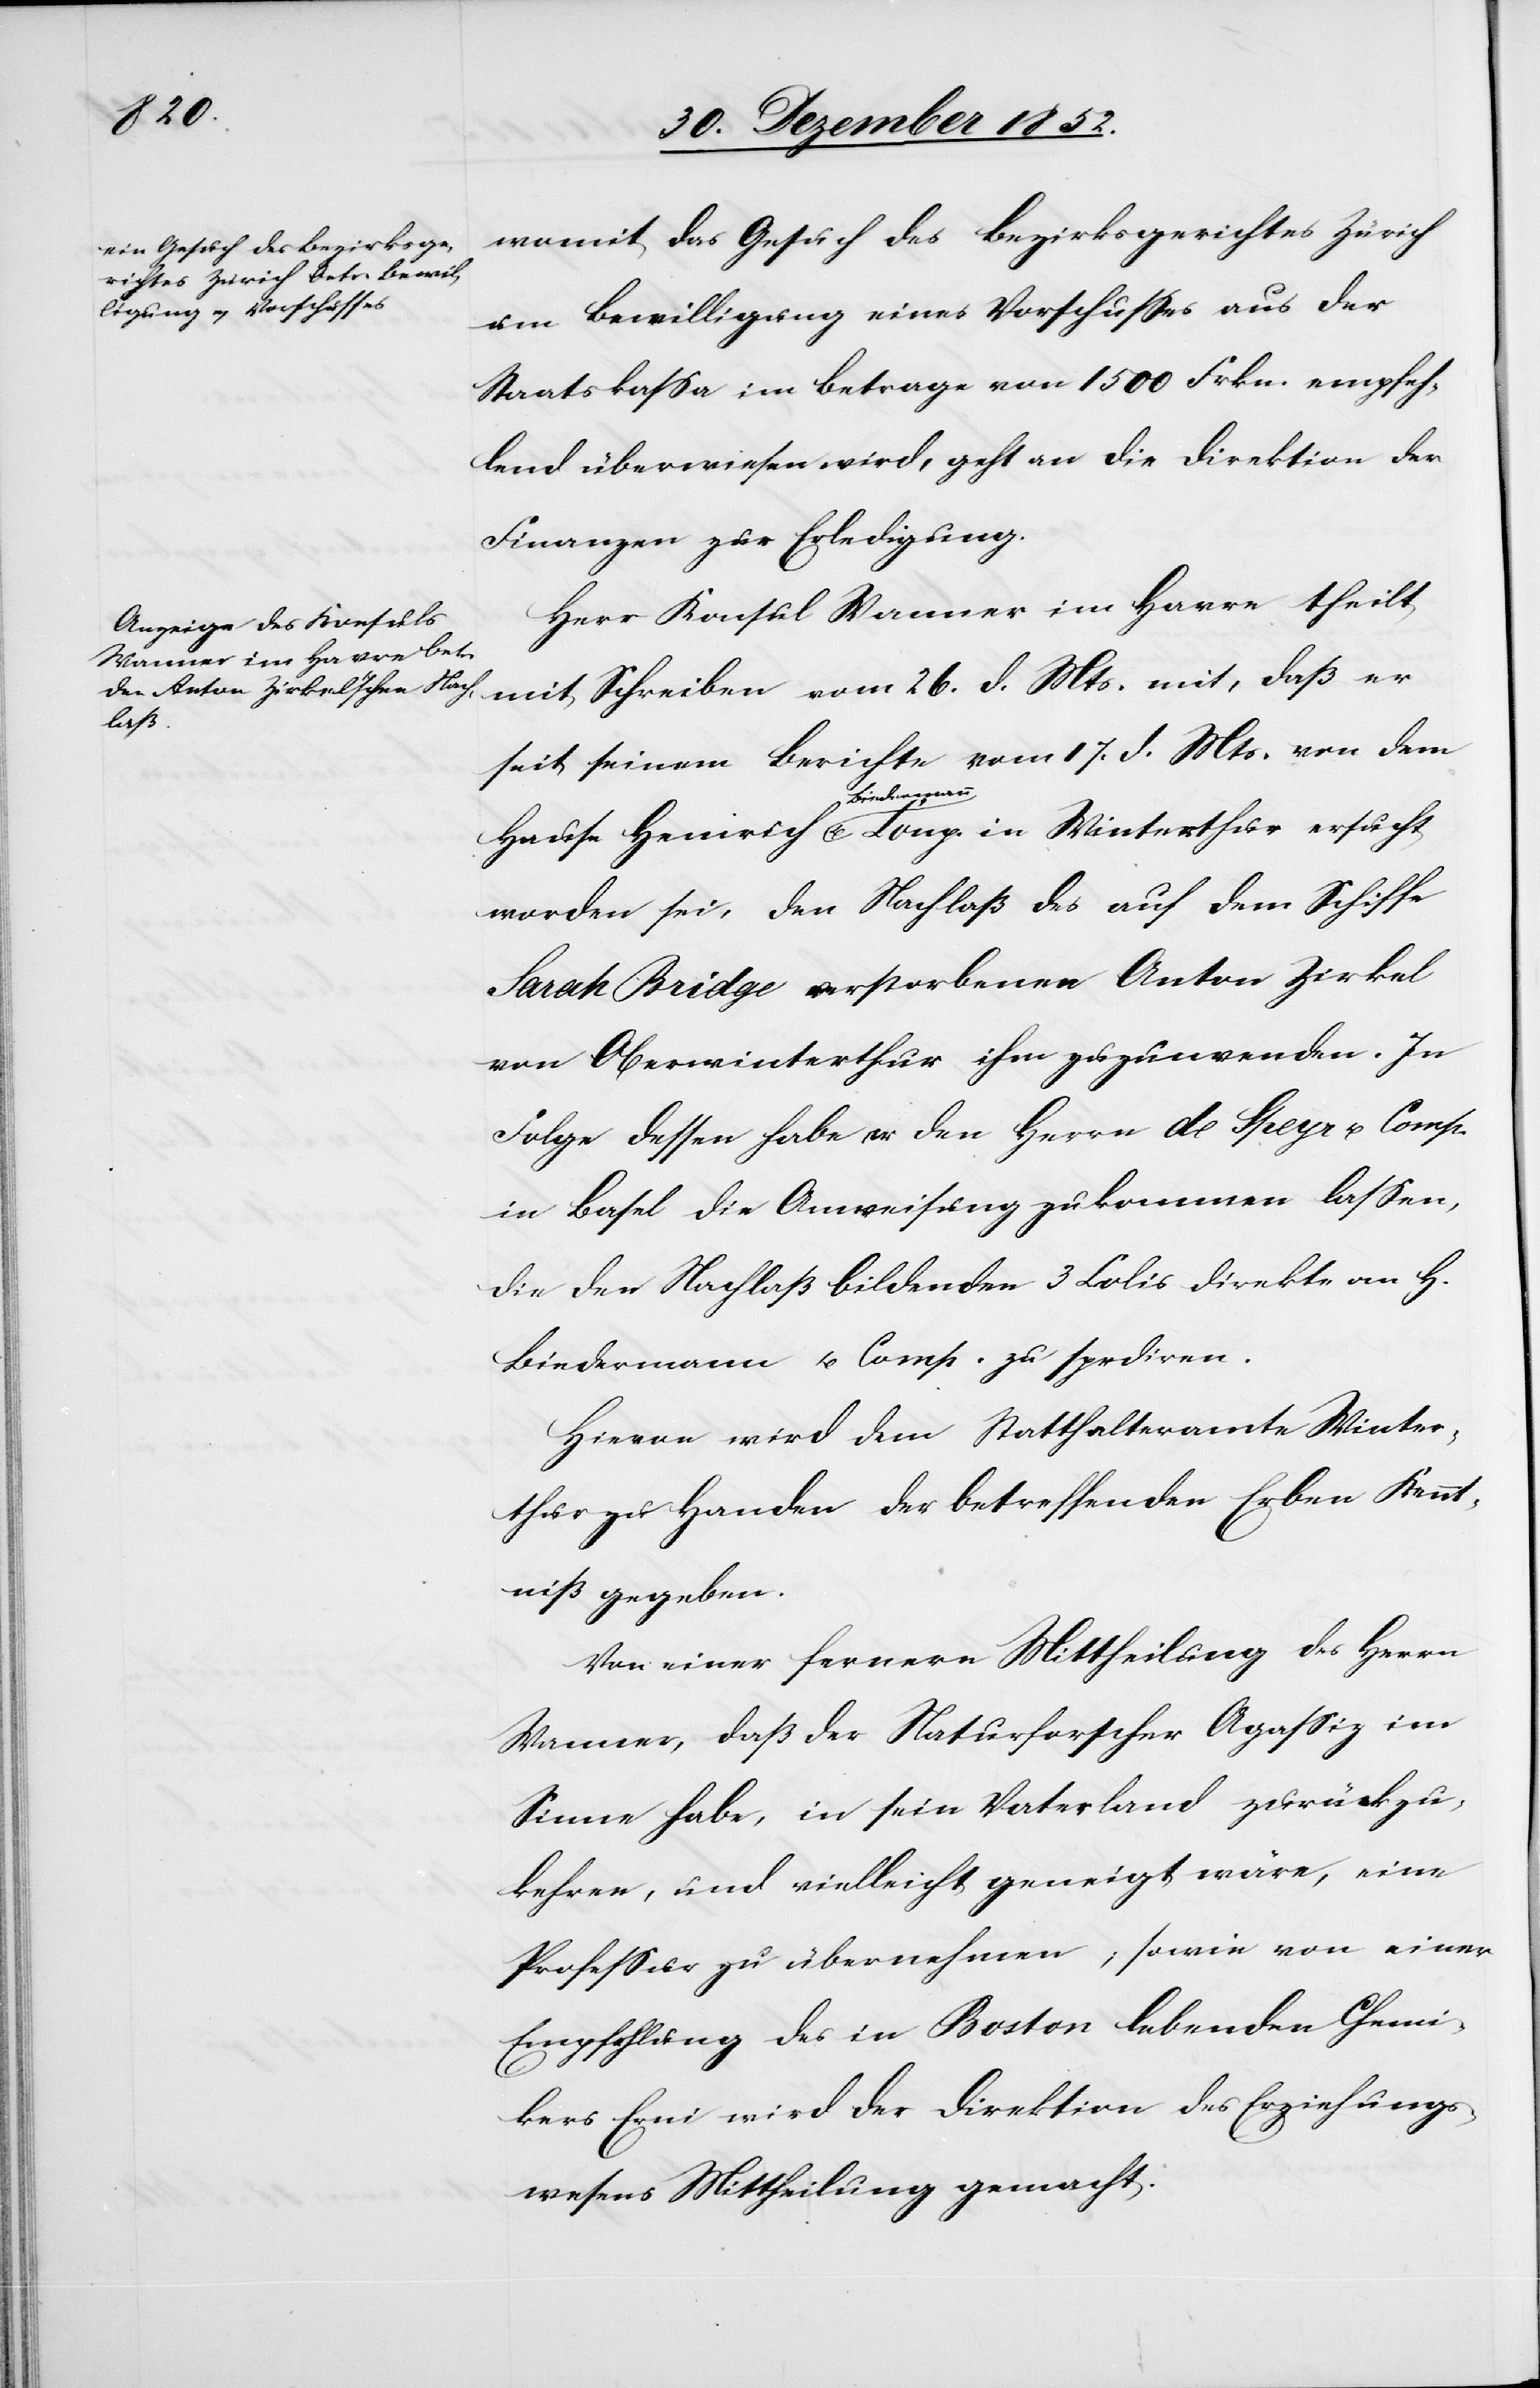
womit das Gesuch des Bezirksgerichtes Zürich
um Bewilligung eines Vorschusses aus der
Staatskassa im Betrage von 1500 Frkn. empfeh¬
lend überwiesen wird, geht an die Direktion der
Finanzen zur Erledigung.
Herr Konsul Wanner im Havre theilt
mit Schreiben vom 26. d. Mts. mit, daß er
seit seinem Berichte vom 17. d. Mts. von dem
Biedermann
worden sei, den Nachlaß des auf dem Schiffe
Sarah Bridge verstorbenen Anton Zirkel
von Oberwinterthur ihm zuzuwenden. In
Folge dessen habe er den Herrn de Speyr u. Comp.
in Basel die Anweisung zukommen lassen,
die den Nachlaß bildenden 3 Colis direkte an H.
Biedermann u. Comp. zu spediren.
Hievon wird dem Statthalteramte Winter¬
thur zu Handen der betreffenden Erben Kennt¬
niß gegeben.
Von einer fernern Mittheilung des Herrn
Wanner, daß der Naturforscher Agassiz im
Sinne habe, in sein Vaterland zurückzu¬
kehren, und vielleicht geneigt wäre, eine
Professur zu übernehmen; sowie von einer
Empfehlung des in Boston lebenden Chemi¬
kers Erni wird der Direktion des Erziehungs¬
wesens Mittheilung gemacht.